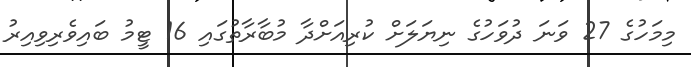
މިމަހުގެ 27 ވަނަ ދުވަހުގެ ނިޔަލަށް ކުރިއަށްދާ މުބާރާތުގައި 16 ޓީމު ބައިވެރިވިއިރު